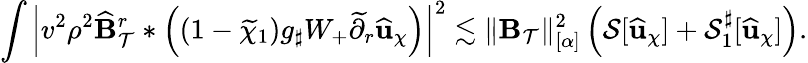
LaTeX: \int\left|v^{2}\rho^{2}\widehat{\mathbf{B}}_{\mathcal{T}}^{r}*\left((1-\widetilde{\chi}_{1})g_{\sharp}W_{+}\widetilde{\partial}_{r}\widehat{\mathbf{u}}_{\chi}\right)\right|^{2}\lesssim\lVert\mathbf{B}_{\mathcal{T}}\rVert_{[\alpha]}^{2}\left(\mathcal{S}[\widehat{\mathbf{u}}_{\chi}]+\mathcal{S}_{1}^{\sharp}[\widehat{\mathbf{u}}_{\chi}]\right).